Indian journal of veterinary science and animal husbandry - Volume 12,
Year: 1942
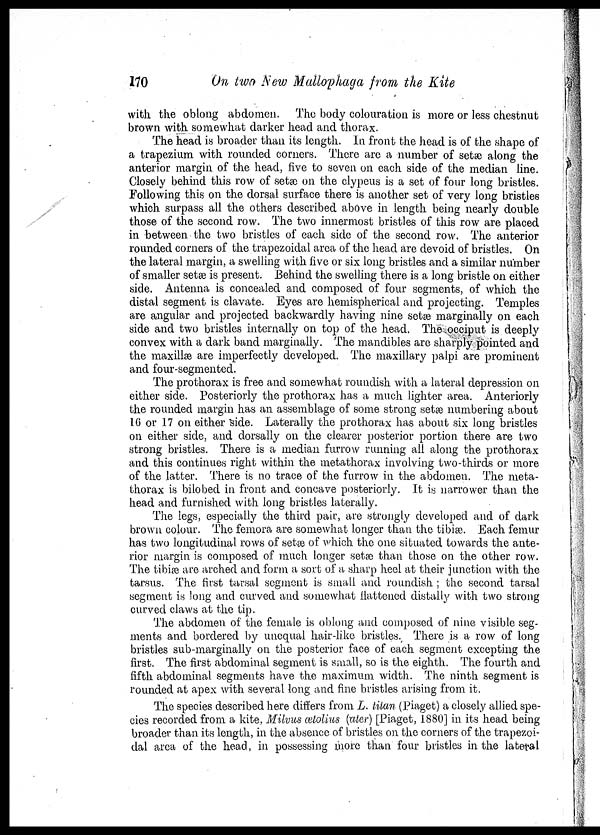
170
On two New Mallophaga from the Kite
with the oblong abdomen. The body colouration is more or less chestnut
brown with somewhat darker head and thorax.
The head is broader than its length. In front the head is of the shape of
a trapezium with rounded corners. There are a number of setæ along the
anterior margin of the head, five to seven on each side of the median line.
Closely behind this row of setæ on the clypeus is a set of four long bristles.
Following this on the dorsal surface there is another set of very long bristles
which surpass all the others described above in length being nearly double
those of the second row. The two innermost bristles of this row are placed
in between the two bristles of each side of the second row. The anterior
rounded corners of the trapezoidal area of the head are devoid of bristles. On
the lateral margin, a swelling with five or six long bristles and a similar number
of smaller setæ is present. Behind the swelling there is a long bristle on either
side. Antenna is concealed and composed of four segments, of which the
distal segment is clavate. Eyes are hemispherical and projecting. Temples
are angular and projected backwardly having nine setæ marginally on each
side and two bristles internally on top of the head. The occiput is deeply
convex with a dark band marginally. The mandibles are sharply pointed and
the maxillæ are imperfectly developed. The maxillary palpi are prominent
and four-segmented.
The prothorax is free and somewhat roundish with a lateral depression on
either side. Posteriorly the prothorax has a much lighter area. Anteriorly
the rounded margin has an assemblage of some strong setæ numbering about
16 or 17 on either side. Laterally the prothorax has about six long bristles
on either side, and dorsally on the clearer posterior portion there are two
strong bristles. There is a median furrow running all along the prothorax
and this continues right within the metathorax involving two-thirds or more
of the latter. There is no trace of the furrow in the abdomen. The meta-
thorax is bilobed in front and concave posteriorly. It is narrower than the
head and furnished with long bristles laterally.
The legs, especially the third pair, are strongly developed and of dark
brown colour. The femora are somewhat longer than the tibiæ. Each femur
has two longitudinal rows of setæ of which the one situated towards the ante-
rior margin is composed of much longer setæ than those on the other row.
The tibiæ are arched and form a sort of a sharp heel at their junction with the
tarsus. The first tarsal segment is small and roundish ; the second tarsal
segment is long and curved and somewhat flattened distally with two strong
curved claws at the tip.
The abdomen of the female is oblong and composed of nine visible seg-
ments and bordered by unequal hair-like bristles. There is a row of long
bristles sub-marginally on the posterior face of each segment excepting the
first. The first abdominal segment is small, so is the eighth. The fourth and
fifth abdominal segments have the maximum width. The ninth segment is
rounded at apex with several long and fine bristles arising from it.
The species described here differs from L. titan (Piaget) a closely allied spe-
cies recorded from a kite, Milvus ætolius (ater) [Piaget, 1880] in its head being
broader than its length, in the absence of bristles on the corners of the trapezoi-
dal area of the head, in possessing more than four bristles in the lateral